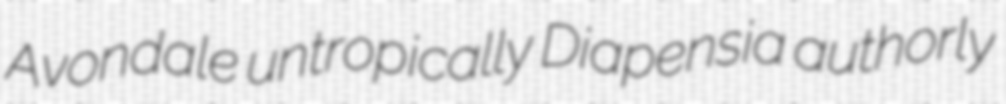
Avondale untropically Diapensia authorly